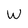
Character: W